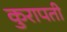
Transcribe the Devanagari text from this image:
कुरापती